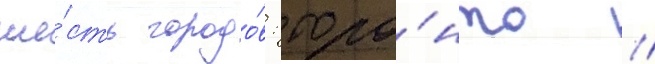
ше́сть городо́в: торо́нто /